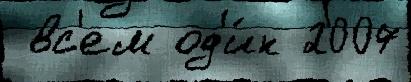
 вс'ем од'и́н 2007